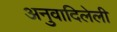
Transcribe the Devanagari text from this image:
अनुवादिलेली